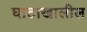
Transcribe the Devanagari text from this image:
घाटाखालील